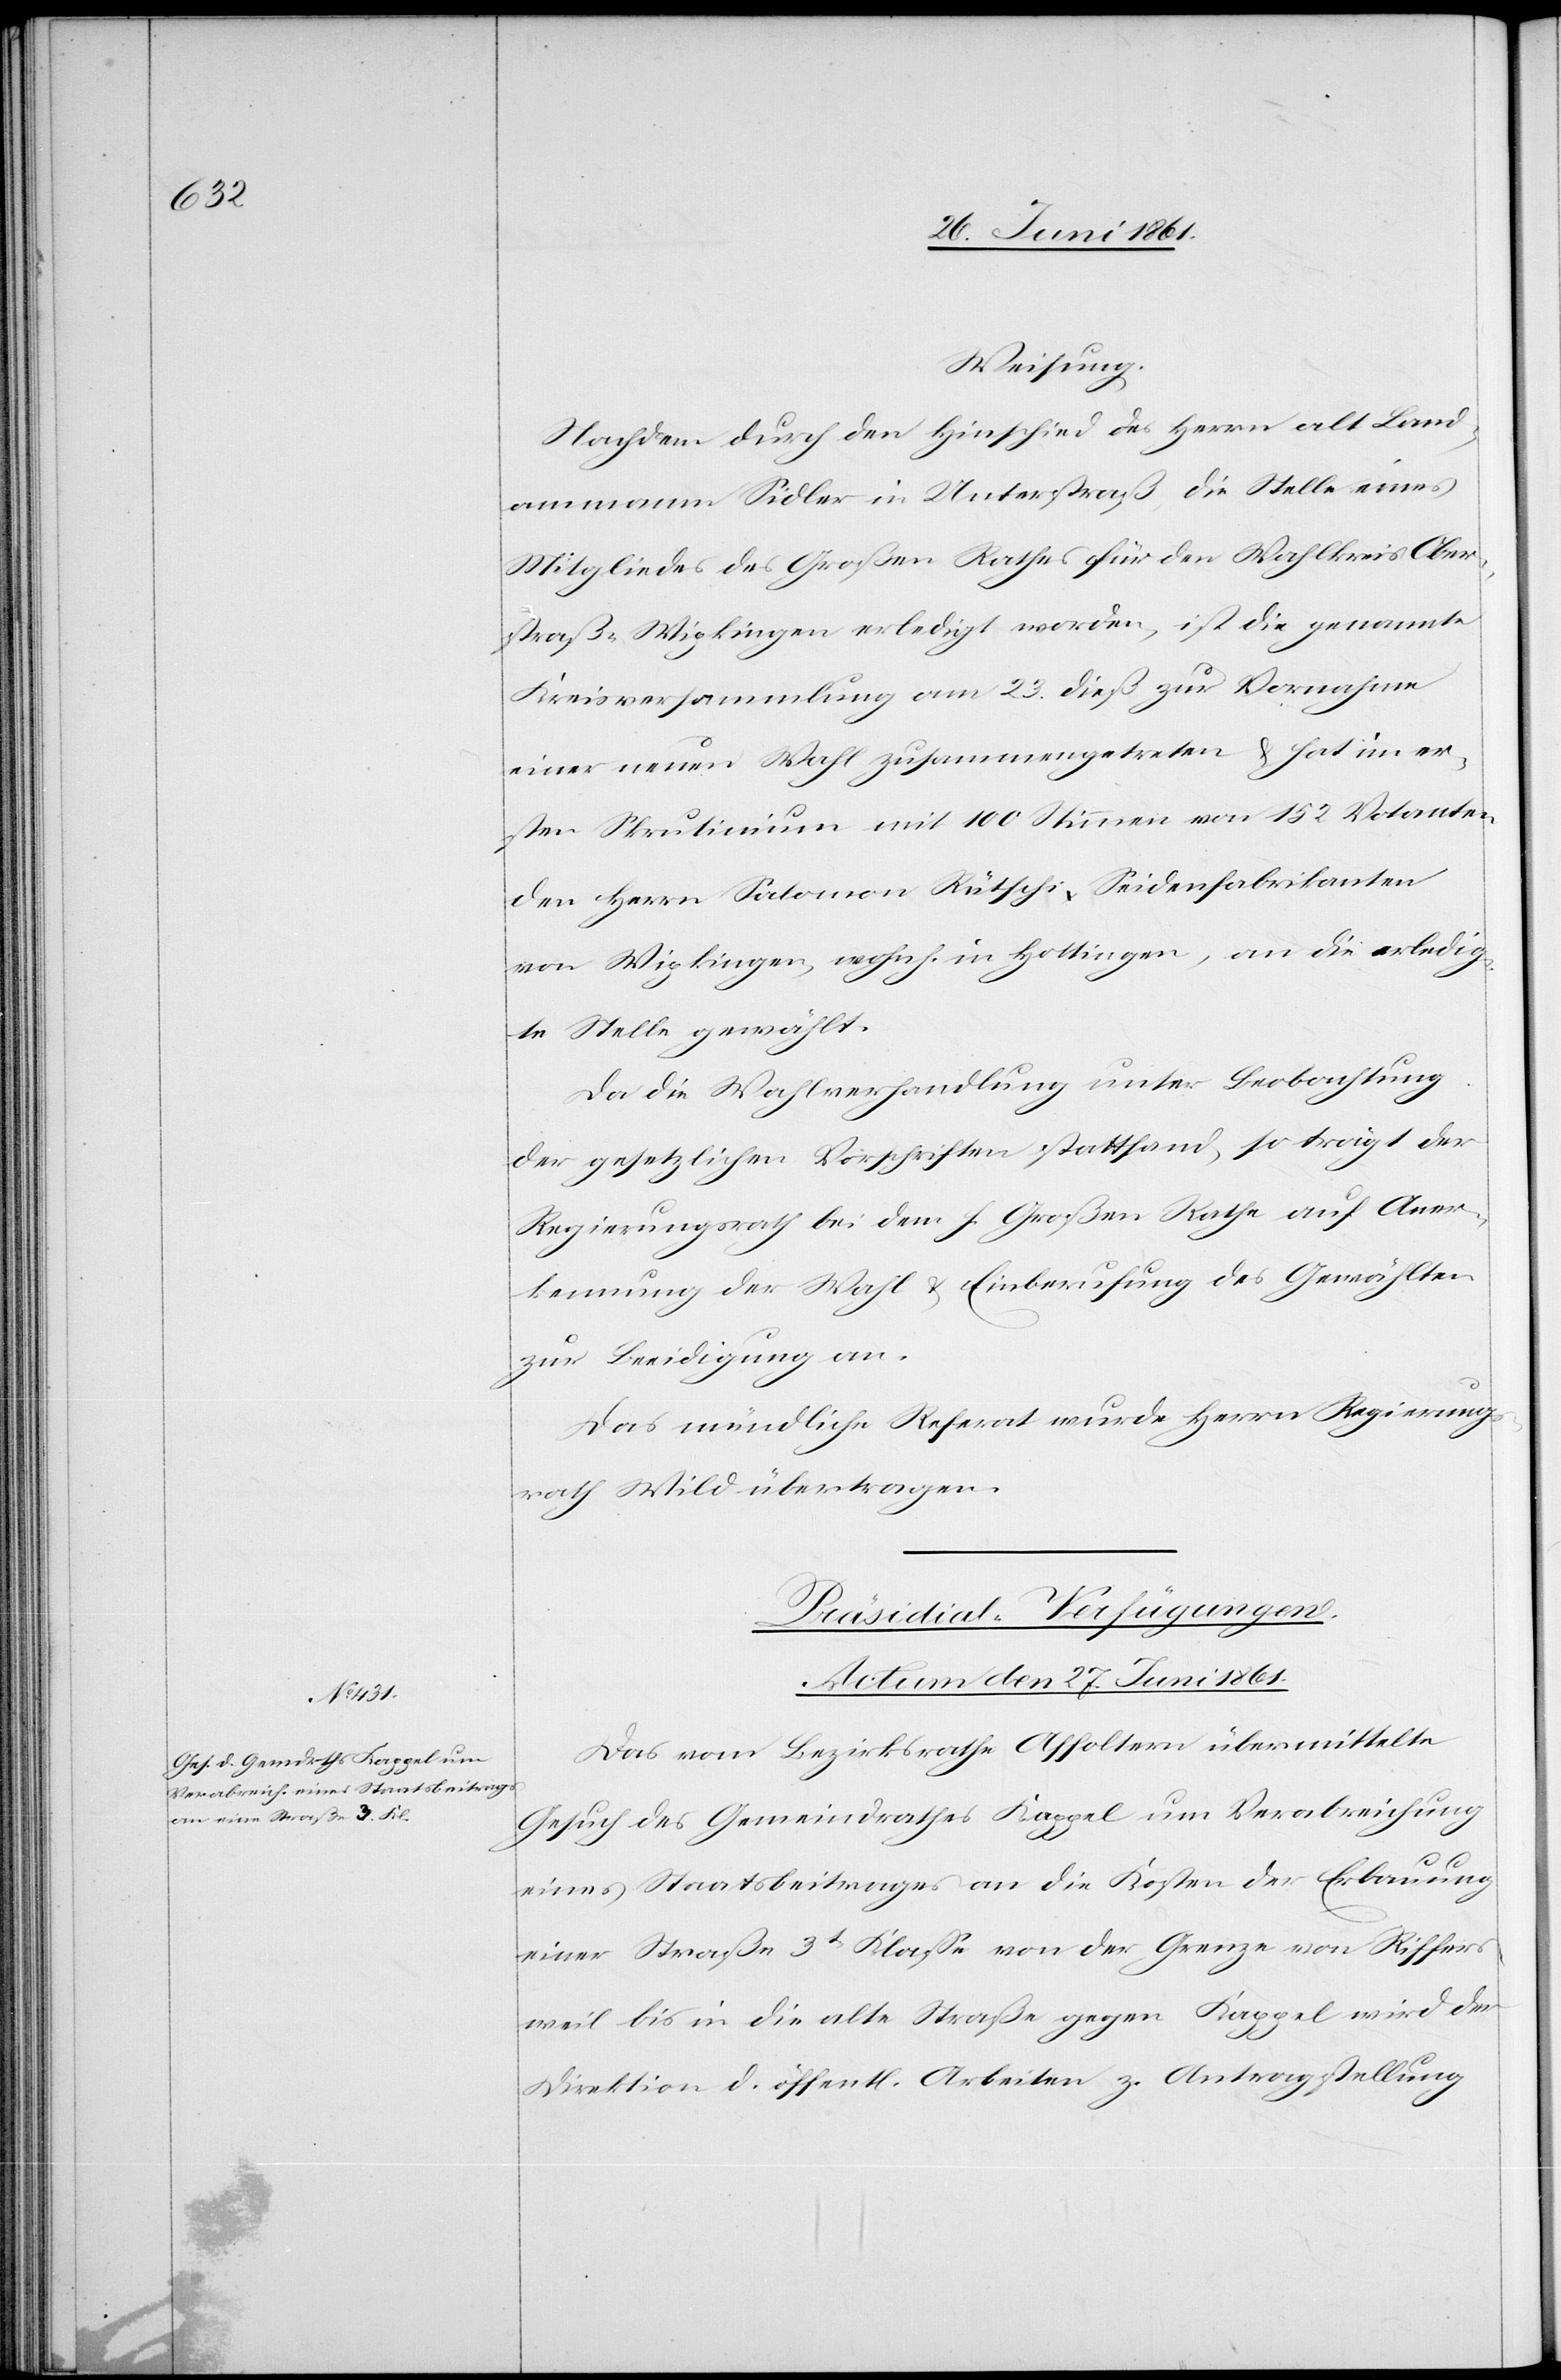
Weisung
Nachdem durch den Hinschied des Herrn alt Land¬
ammann Sidler in Unterstraß, die Stelle eines
Mitgliedes des Großen Rathes für den Wahlkreis Ober¬
straß-Wipkingen erledigt worden, ist die genannte
Kreisversammlung am 23. dieß zur Vornahme
einer neuen Wahl zusammengetreten u. hat im er¬
sten Skrutinium mit 100 Stimmen von 152 Votanten
den Herrn Salomon Rütschi, Seidenfabrikanten
von Wipkingen, wohn. in Hottingen, an die erledig¬
te Stelle gewählt.
Da die Wahlverhandlung unter Beobachtung
der gesetzlichen Vorschriften stattfand, so trägt der
Regierungsrath bei dem h. Großen Rathe auf Aner¬
kennung der Wahl u. Einberufung des Gewählten
zur Beeidigung an.
Das mündliche Referat wurde Herrn Regierungs¬
rath Wild übertragen.
Präsidial-Verfügungen.
Actum den 27. Juni 1861.
Das vom Bezirksrathe Affoltern übermittelte
Gesuch des Gemeindrathes Kappel um Verabreichung
eines Staatsbeitrages an die Kosten der Erbauung
einer Straße 3tr Klasse von der Grenze von Riffers¬
weil bis in die alte Straße gegen Kappel wird der
Direktion d. öffentl. Arbeiten z. Antragstellung